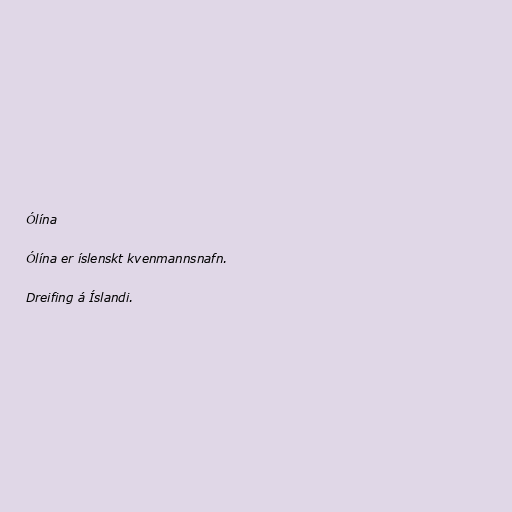
Ólína

Ólína er íslenskt kvenmannsnafn.

Dreifing á Íslandi.